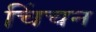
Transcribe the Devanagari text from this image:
चिंचन